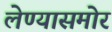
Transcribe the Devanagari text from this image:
लेण्यासमोर